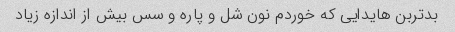
بدتربن هایدایی که خوردم نون شل و پاره و سس بیش از اندازه زیاد